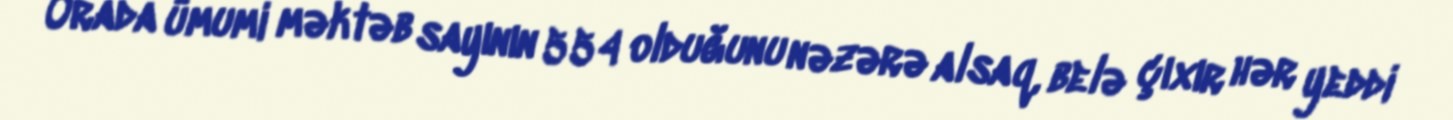
Orada ümumi məktəb sayının 554 olduğunu nəzərə alsaq, belə çıxır hər yeddi